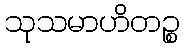
သုသမာဟိတဉ္စ